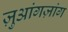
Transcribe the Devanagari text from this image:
ज़ुआंगज़ांग